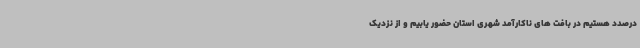
درصدد هستیم در بافت های ناکارآمد شهری استان حضور یابیم و از نزدیک